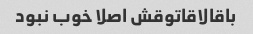
باقالاقاتوقش اصلا خوب نبود